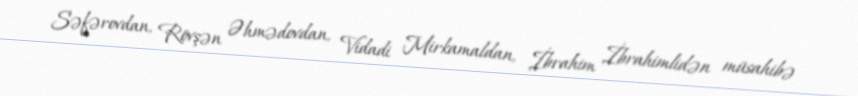
Səfərovdan, Rövşən Əhmədovdan, Vidadi Mirkamaldan, İbrahim İbrahimlidən müsahibə